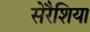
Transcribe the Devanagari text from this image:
सेरैशिया